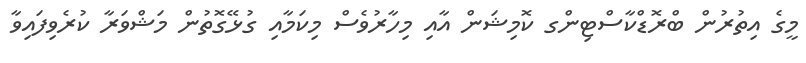
މީގެ އިތުރުން ބްރޮޑްކާސްޓިންގ ކޮމިޝަން އާއި މިހާރުވެސް މިކަމާއި ގުޅޭގޮތުން މަޝްވަރާ ކުރެވިފައިވާ